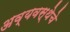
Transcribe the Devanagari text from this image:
अव्यवस्थेचे